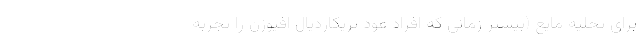
برای تخلیه مایع (بیشتر زمانی که افراد عود پریکاردیال افیوژن را تجربه